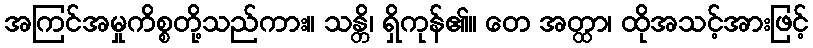
အကြင်အမှုကိစ္စတို့သည်ကား။ သန္တိ၊ ရှိကုန်၏။ တေ အတ္ထာ၊ ထိုအသင့်အားဖြင့်